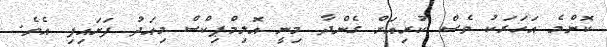
ކޮންމެ އަހަރަކު ވެސް ކުރިއަށް ގެންދާ މިނީ އޮލިމްޕިކްސް މިއަދު ފަށައިފި އެވެ.